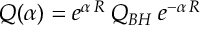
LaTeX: Q ( \alpha ) = e ^ { \alpha \, R } \: Q _ { B H } \: e ^ { - \alpha \, R }